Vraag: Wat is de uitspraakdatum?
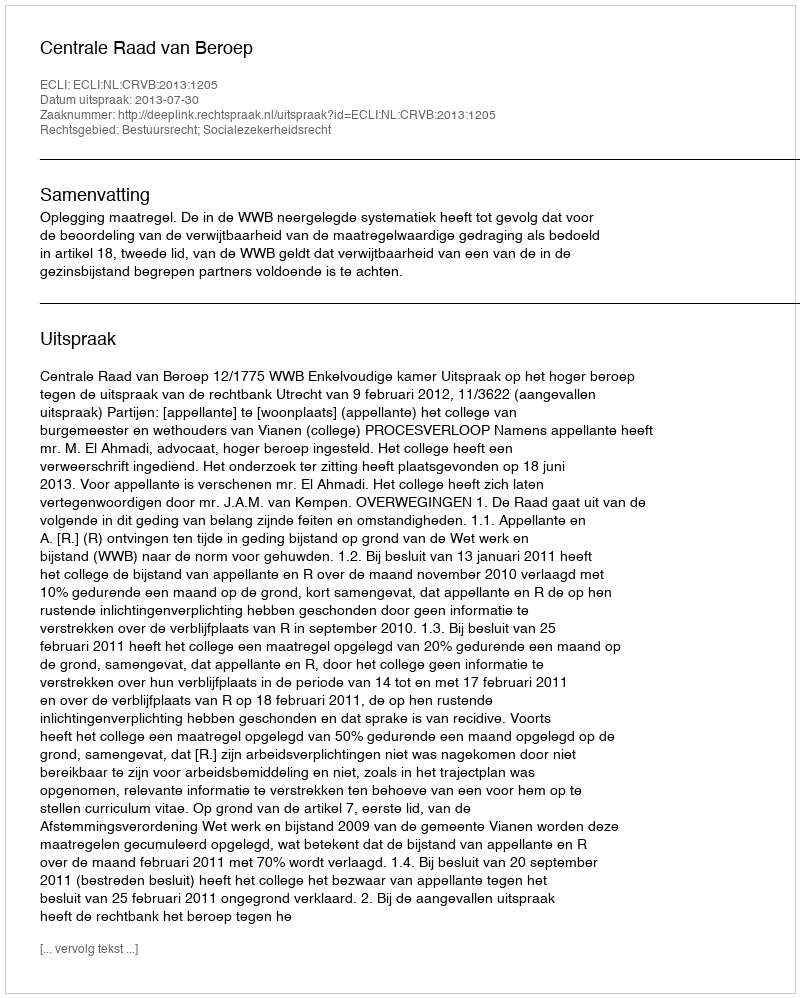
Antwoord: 2013-07-30